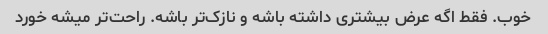
خوب. فقط اگه عرض بیشتری داشته باشه و نازک‌تر باشه. راحت‌تر میشه خورد